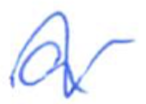
Text: a
Cross-out: wave
Writing tool: ballpoint